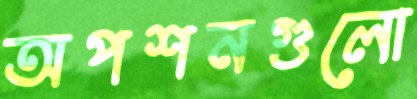
অপশনগুলো